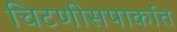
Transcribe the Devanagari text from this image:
चिटणीसपार्कात